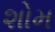
શોમ